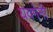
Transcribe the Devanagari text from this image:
यवगेनी